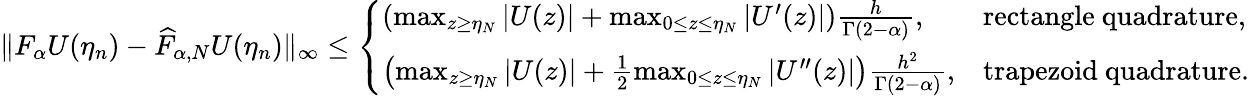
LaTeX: \| F_{\alpha}U(\eta_{n})-\widehat{F}_{\alpha,N}U(\eta_{n})\| _{\infty}\leq\left\{ \begin{array}{ll}{\left(\operatorname*{max}_{z\geq\eta_{N}}|U(z)|+\operatorname*{max}_{0\leq z\leq\eta_{N}}|U^{\prime}(z)|\right)\frac{h}{\Gamma(2-\alpha)},}&{\mathrm{rectangle~quadrature},}\\ {\left(\operatorname*{max}_{z\geq\eta_{N}}|U(z)|+\frac{1}{2}\operatorname*{max}_{0\leq z\leq\eta_{N}}|U^{\prime\prime}(z)|\right)\frac{h^{2}}{\Gamma(2-\alpha)},}&{\mathrm{trapezoid~quadrature}.}\end{array}\right.